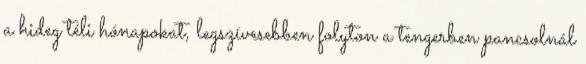
a hideg téli hónapokat, legszívesebben folyton a tengerben pancsolnál